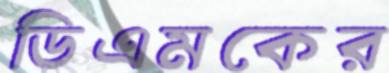
ডিএমকের